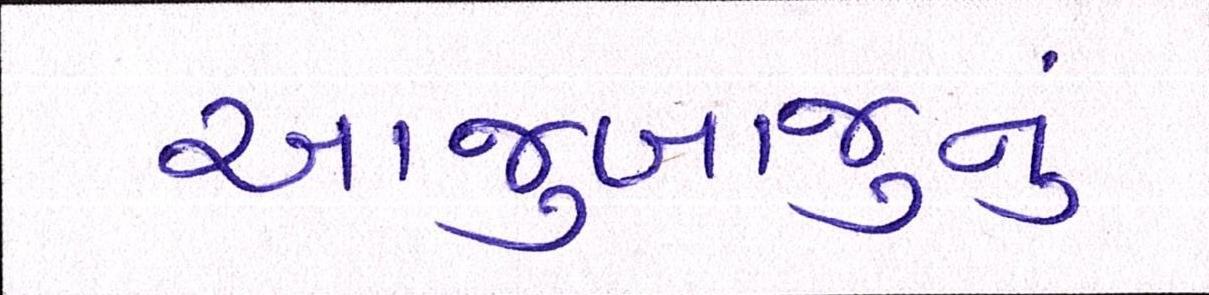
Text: આજુબાજુનું